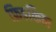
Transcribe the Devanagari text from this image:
फ्रिडकिन